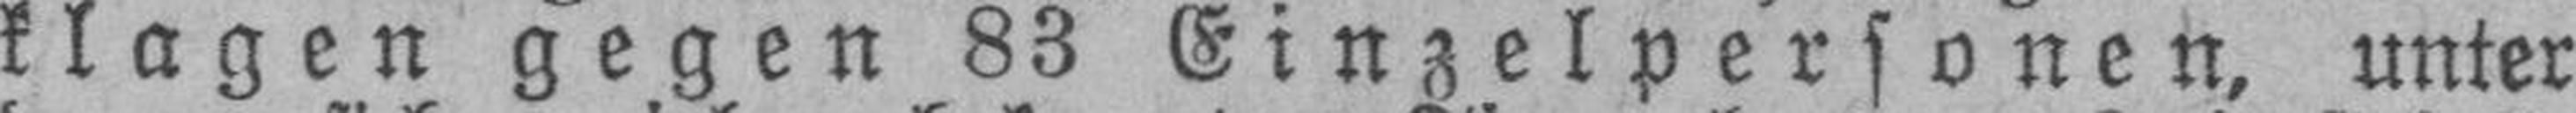
klagen gegen 83 Einzelpersonen, unter